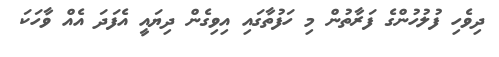
ދިވެހި ފުލުހުންގެ ފަރާތުން މި ހަފުތާގައި އިވިގެން ދިޔައީ އެފަދަ އެއް ވާހަކަ